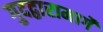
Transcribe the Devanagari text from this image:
गुदद्वारामार्गे